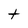
Character: t